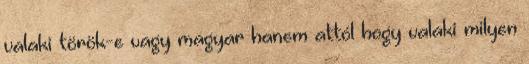
valaki török-e vagy magyar hanem attól hogy valaki milyen